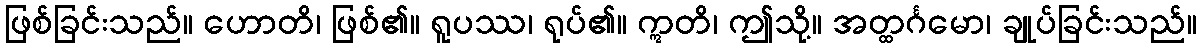
ဖြစ်ခြင်းသည်။ ဟောတိ၊ ဖြစ်၏။ ရူပဿ၊ ရုပ်၏။ ဣတိ၊ ဤသို့။ အတ္ထင်္ဂမော၊ ချုပ်ခြင်းသည်။